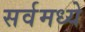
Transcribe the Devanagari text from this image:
सर्वमध्ये